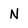
Character: N